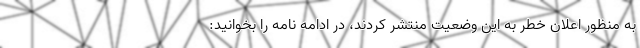
به منظور اعلان خطر به این وضعیت منتشر کردند، در ادامه نامه را بخوانید: